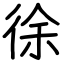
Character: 徐